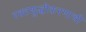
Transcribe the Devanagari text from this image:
रक्तशुद्धीकरणाची